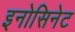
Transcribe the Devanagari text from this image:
इनोसिनेट